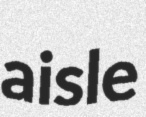
aisle